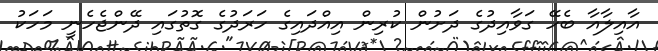
އާއިލާއާ ބެހޭ ގަވާއިދުގެ ދަށުން ކުރިން އިއްދައިގެ ހަރަދުގެ ގޮތުގައި ދޭންޖެހެނީ މަހަކު